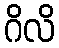
ဂိလိ